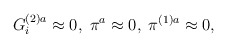
\begin{align*}G_i^{(2)a}\approx 0,\;\pi ^a\approx 0,\;\pi ^{(1)a}\approx 0,\end{align*}